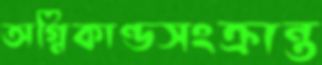
অগ্নিকাণ্ডসংক্রান্ত